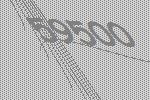
59500